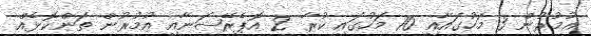
އުމުރުން 3 މަހުގައާއި 10 މަހުގައި ކުރާ 2 އޮޕެރޭޝަނާއި އުމުރުން ތަންކޮޅެއް